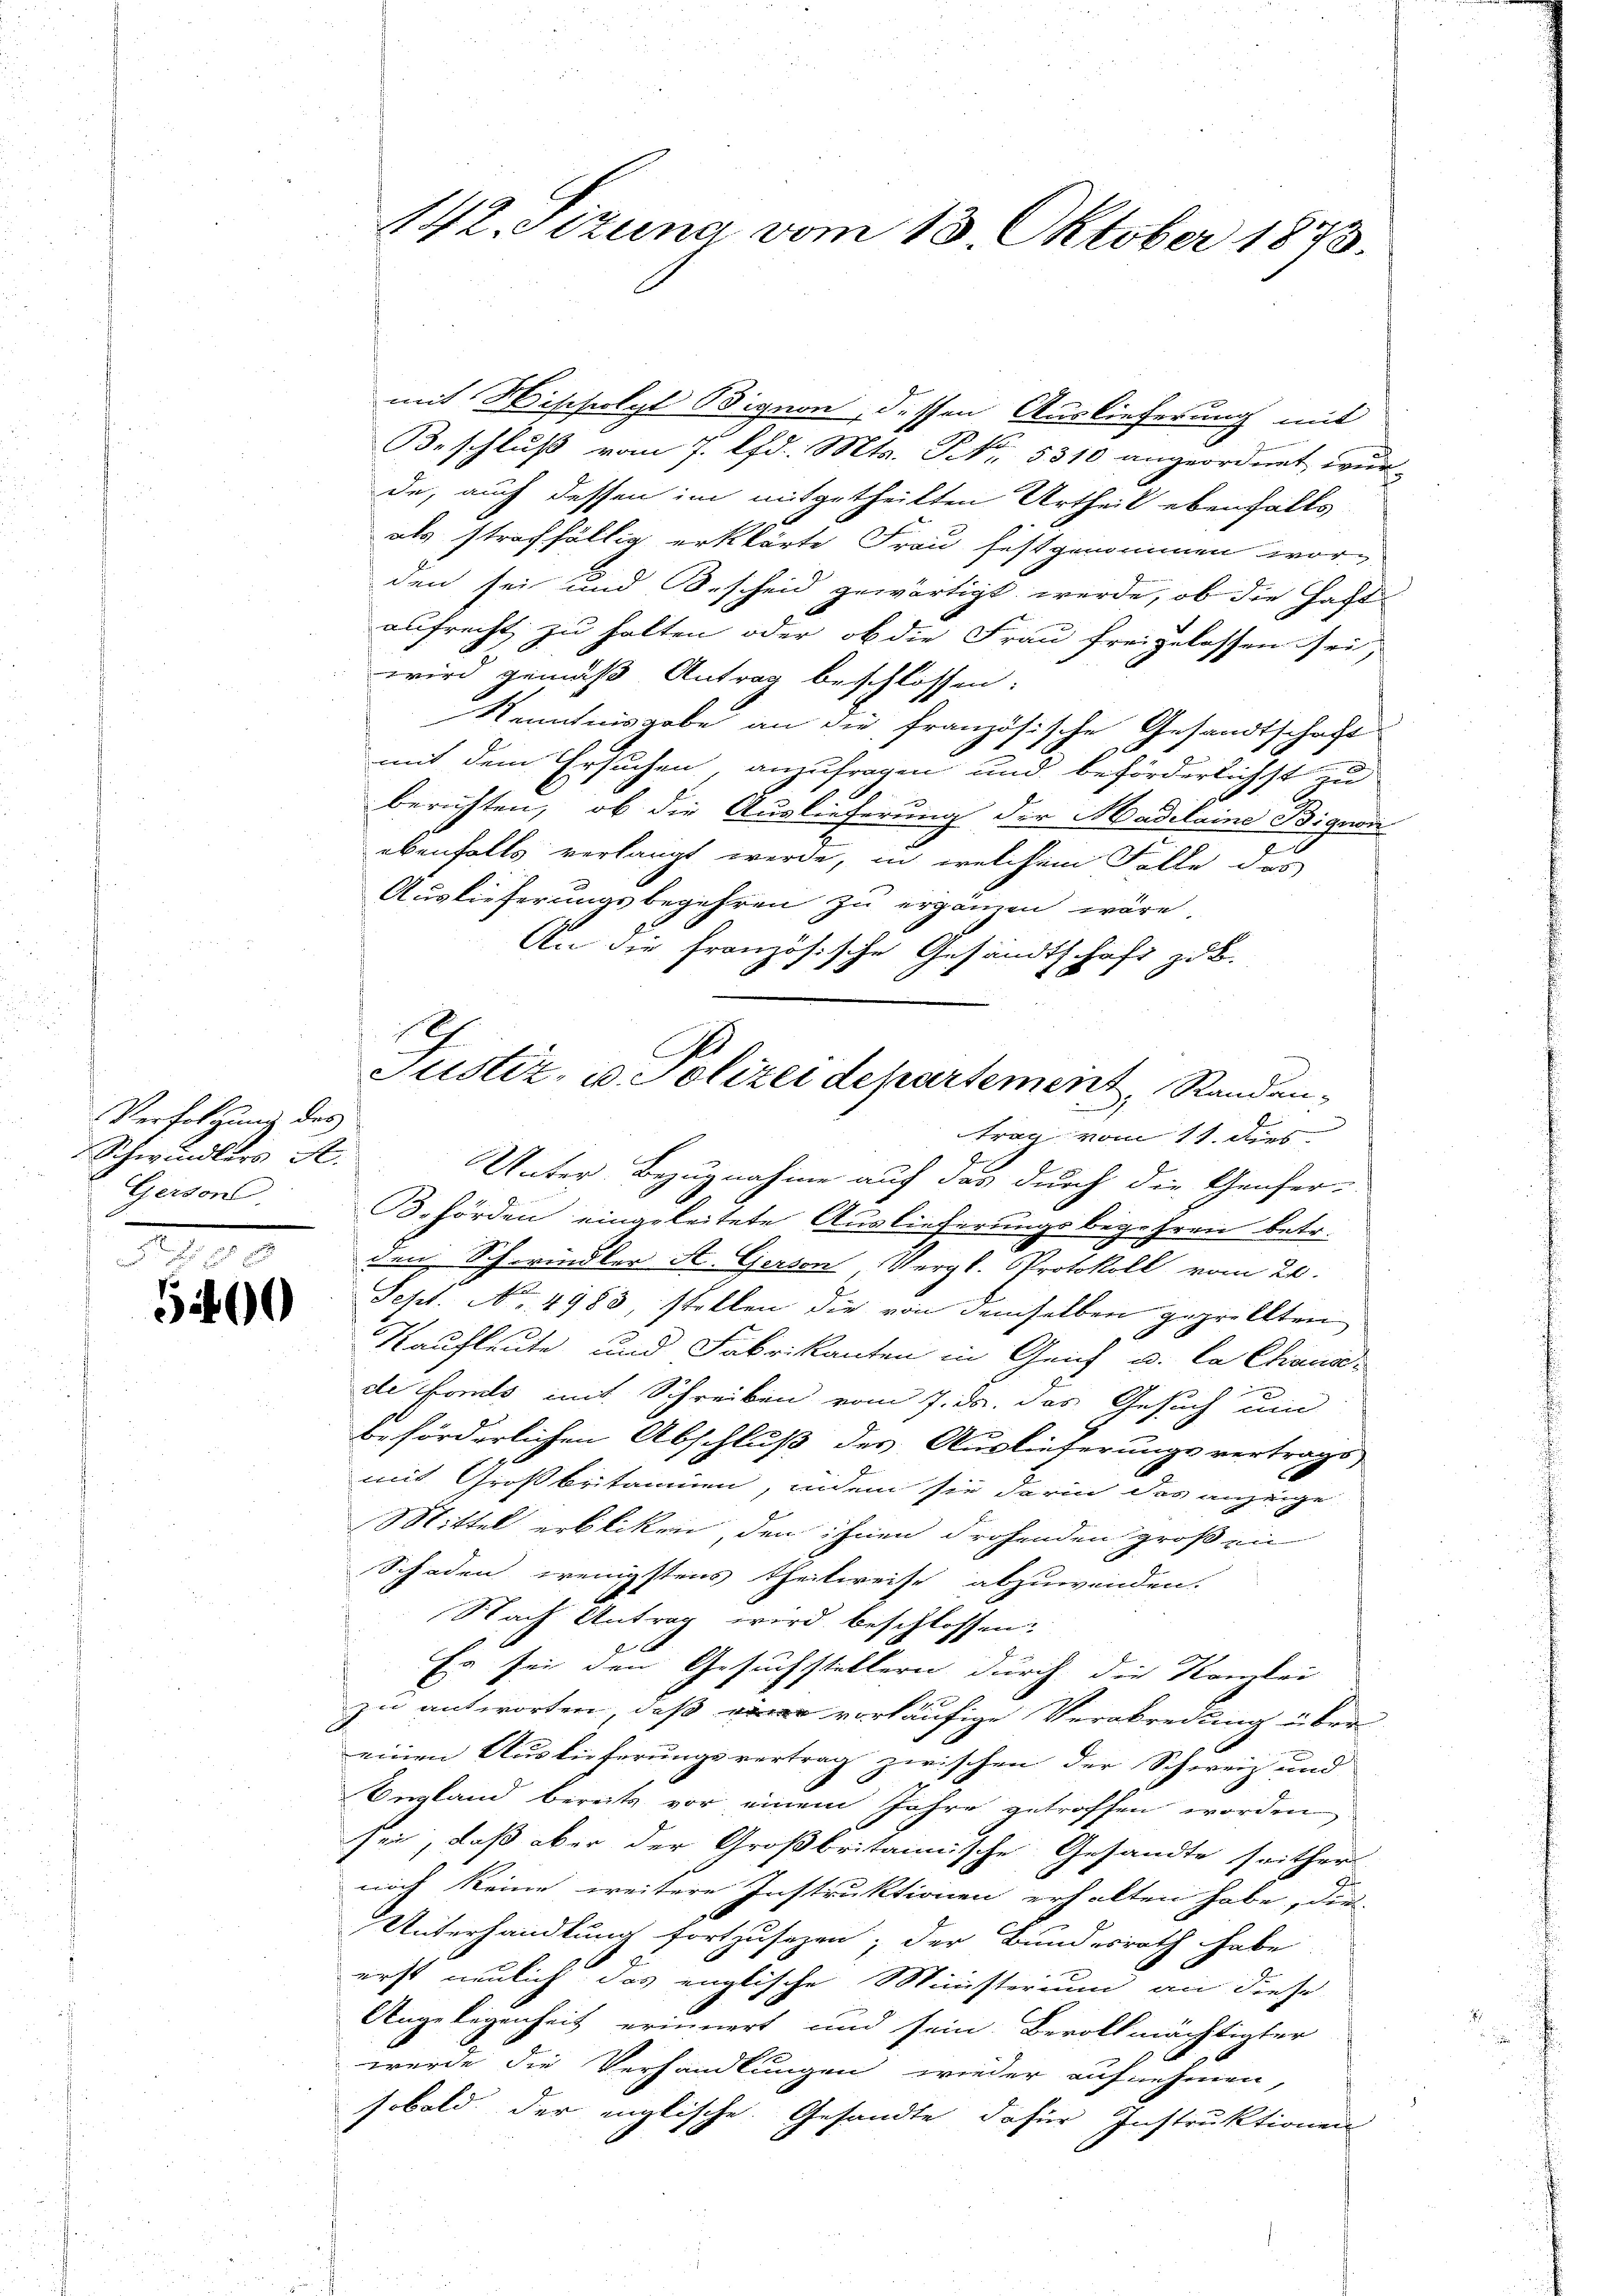
Verfolgung des
Schwindlers A
Gerson
1

5400

mit Hischolyl Bignon, dessen Auslieferung mit
Beschluß vom 7. lfd. Mts. No. 5310 angeordnet wur-
de, auch dessen im mitgetheilten Urtheil ebenfalls
als straffällig erklärte Frau festgenommen worden sei und Bescheid gewärtigt werde, ob die Facht
aufrecht, zu halten oder ob die Frau freigelassen sei,
wird gemäß Antrag beschlossen:
Kenntnisgabe an die französische Gesandtschaft

mit dem Ersuchen, anzufragen und beförderlichst zu
berichten, ob die Auslieferung der Madilaine Bignon
ebenfalls verlangt werde, in welchem Fälle des
Auslieferungsbegehren zu ergänzen wäre.
An die französische Gesandtschaft zu B.
trag vom 11. dies
Unter Bezugnahme auf das durch die Genfer-
Behörden eingeleitete Auslieferungsbegehren betr.
den Schwindler A. Gerson, Vergl. Protokoll vom 20.
Sept. No. 4983, stellen die von demselben geprellten
s
Kaufleute und Fabrikanten in Geif u. la Chaus-
de Forts mit Schreiben vom 7. ds. das Gesuch um
beförderlichen Abschluß des Auslieferungsvertrags
mit Großbritannien, indem sie darin das anzeige
Mittel erblicken, den ihnen drohenden großen
Schaden wenigstens Theilweise abzuwenden.
Nach Antrag wird beschlossen:
e
Es sei den Gesuchstellern durch die Kanzlei
zu antworten, daß eine vorläufige Verabredung über-
einen Auslieferungsvertrag zwischen der Schweiz und
England bereits vor einem Jahre getroffen worden.
sei, daß aber der Großbritannische Gesandte seither
noch keine weitere Instruktionen erhalten habe, dies
Unterhandlung fortzusehen; der Bundesrath habe
erst neulich das englische Ministerium an diese
Angelegenheit erinnert und sein Bevollmächtigter
wurde die Verhandlungen wieder aufnehmen,
sobald der englische Gesandte dafür Instruktionen

142. Sizung vom 13. Oktober 1873.

C
Justiz- u. Polizei departement, Standan¬